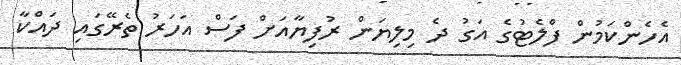
އެހެންކަމުން ފްލެޓުގެ އަގު ދެ މިލިޔަން ރުފިޔާއަށް ފަސް އަހަރު ތެރޭގައި ދައްކާ